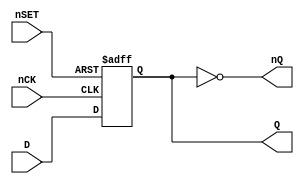
// NeoGeo logic definition
// Copyright (C) 2018 Sean Gonsalves
//
// This program is free software: you can redistribute it and/or modify
// it under the terms of the GNU General Public License as published by
// the Free Software Foundation, either version 3 of the License, or
// (at your option) any later version.
//
// This program is distributed in the hope that it will be useful,
// but WITHOUT ANY WARRANTY; without even the implied warranty of
// MERCHANTABILITY or FITNESS FOR A PARTICULAR PURPOSE.  See the
// GNU General Public License for more details.
//
// You should have received a copy of the GNU General Public License
// along with this program.  If not, see <https://www.gnu.org/licenses/>.

module FD3(
	input nCK,
	input D,
	input nSET,
	output reg Q = 1'b0,
	output nQ
);

	always @(posedge nCK, negedge nSET)	// Databook says negedge but makes no sense with use in LSPC shematic
	begin
		if (!nSET)
			Q <= 1'b1;
		else
			Q <= D;
	end
	
	assign nQ = ~Q;

endmodule